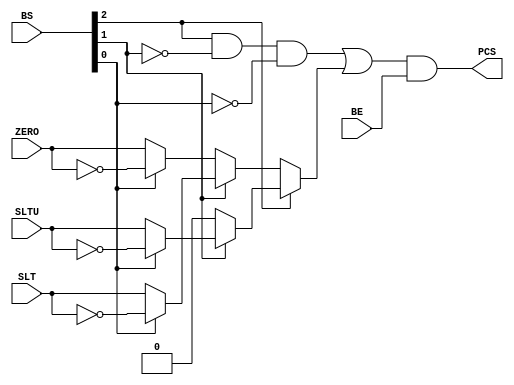
module JumpCtr(input wire BE,SLT,ZERO,SLTU,
               input wire[2:0] BS,
               output wire PCS);

    wire en;
    
    assign en=BS[2]&(~BS[1])&(~BS[0])|(BS[2]?(BS[1]?(BS[0]?(~SLTU):SLTU):1'b0):(BS[1]?(BS[0]?(~SLT):SLT):(BS[0]?(~ZERO):ZERO)));
    assign PCS=en&BE;

endmodule